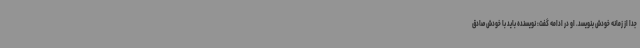
جدا از زمانه خودش بنویسد. او در ادامه گفت: نویسنده باید با خودش صادق